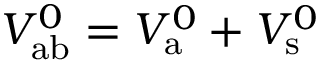
V _ { \mathrm { a b } } ^ { 0 } = V _ { \mathrm { a } } ^ { 0 } + V _ { \mathrm { s } } ^ { 0 }